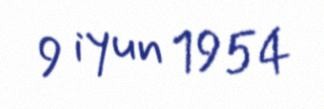
9 iyun 1954